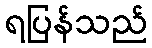
ရပြန်သည်